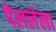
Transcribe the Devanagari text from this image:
पेललेला